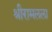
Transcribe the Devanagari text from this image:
श्रीरामलला